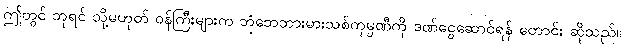
ဤတွင် ဘုရင် သို့မဟုတ် ဝန်ကြီးများက ဘုံဘေဘားမားသစ်ကုမ္ပဏီကို ဒဏ်ငွေဆောင်ရန် တောင်း ဆိုသည်။